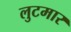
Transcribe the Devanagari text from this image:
लुटमार